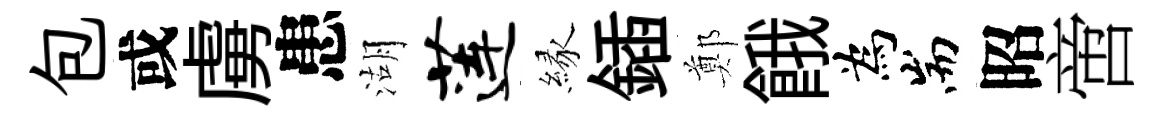
包或虜患湖莲縁鍤鄭餓為耑昭啻